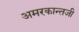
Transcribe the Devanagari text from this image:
अमरकान्तजी